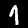
Digit: 1